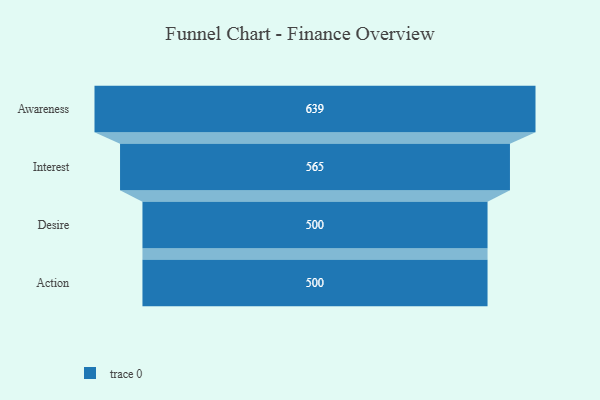
{"axis": {"x": "Stage", "y": "Value"}, "legend": [""], "data": [{"x": "Awareness", "y": 639.0, "type": ""}, {"x": "Interest", "y": 565.0, "type": ""}, {"x": "Desire", "y": 500, "type": ""}, {"x": "Action", "y": 500, "type": ""}]}